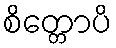
စိတ္တောပိ